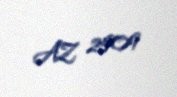
AZ 2509